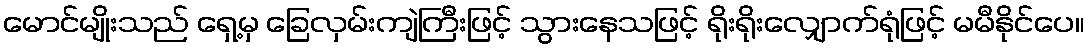
မောင်မျိုးသည် ရှေ့မှ ခြေလှမ်းကျဲကြီးဖြင့် သွားနေသဖြင့် ရိုးရိုးလျှောက်ရုံဖြင့် မမီနိုင်ပေ။